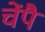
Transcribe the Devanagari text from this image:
चेंपै